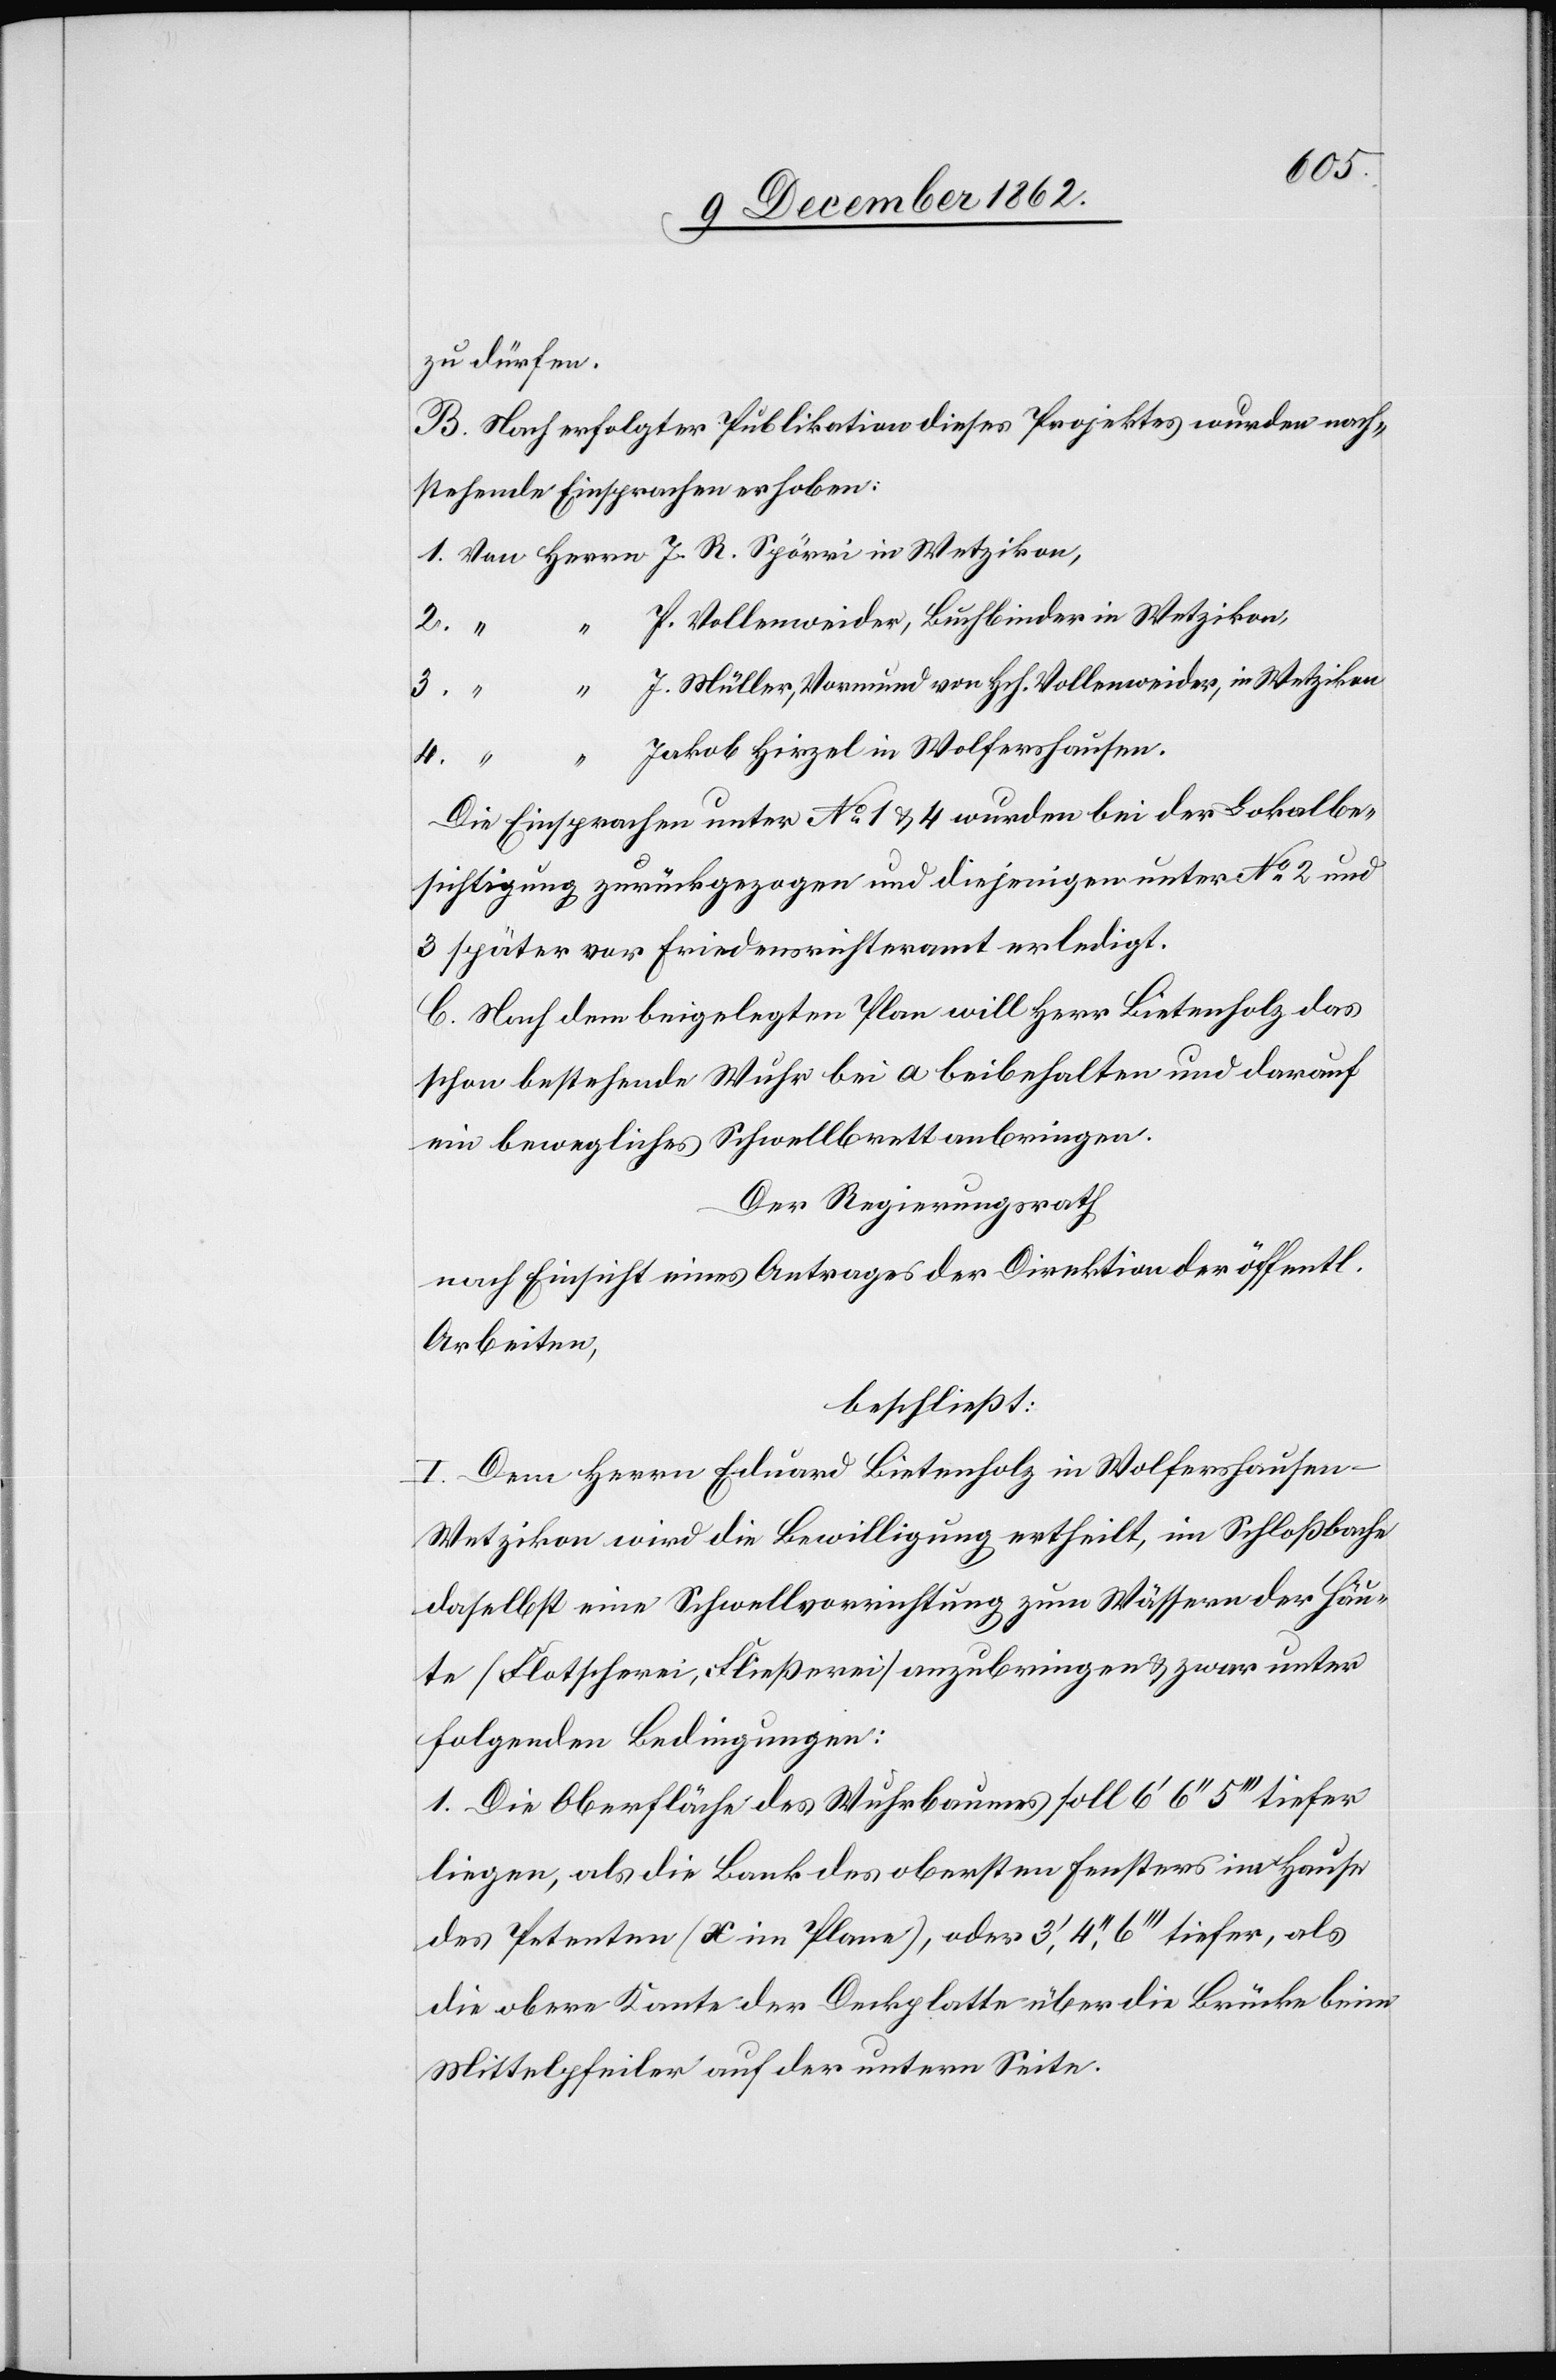
zu dürfen.
B. Nach erfolgter Publikation dieses Projektes wurden nach¬
stehend Einsprachen erhoben:
P. Vollenweider, Buchbinder in Wetzikon,
3.
“
J. Müller, Vormund von Hch. Vollenweider, in Wetzikon
2.
4.
Jakob Hirzel in Wolfershausen.
Wetzikon,
Die Einsprachen unter No 1 u. 4 wurden bei der Lokalbe¬
sichtigung zurückgezogen und diejenigen unter No 2 und
3 später vor Friedensrichteramt erledigt.
C. Nach dem beigelegten Plan will Herr Bietenholz das
schon bestehende Wuhr bei a beibehalten und darauf
ein bewegliches Schwellbrett anbringen.
Der Regierungsrath
nach Einsicht eines Antrages der Direktion der öffentl.
Arbeiten,
beschließt:
I. Dem Herrn Eduard Bietenholz in Wolfershausen-W¬
etzikon wird die Bewilligung ertheilt, im Schloßbache
daselbst eine Schwellvorrichtung zum Wässern der Häu¬
ser (Flotscherei, Fließerei) anzubringen u. zwar unter
folgenden Bedingungen:
1. Die Oberfläche des Wuhrbaumes soll 6’ 6’’ 5’’’ tiefer
liegen, als die Bank des obersten Fensters im Hause
des Petenten (x im Plane), oder 3’,4’’,6’’’ tiefer, als
die obere Kante der Deckplatte über die Brücke beim
Mittelpfeiler auf der untern Seite.